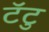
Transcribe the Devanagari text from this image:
टॅटु